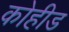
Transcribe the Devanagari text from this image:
कोहीड